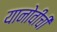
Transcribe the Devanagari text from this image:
यानोवीची